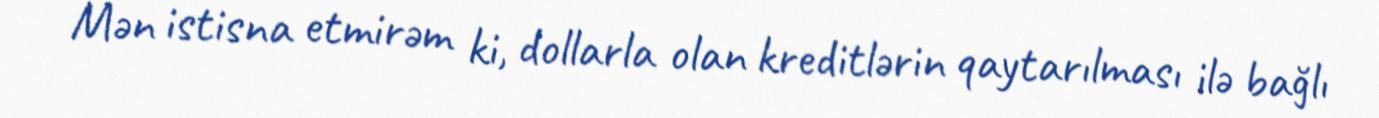
Mən istisna etmirəm ki, dollarla olan kreditlərin qaytarılması ilə bağlı